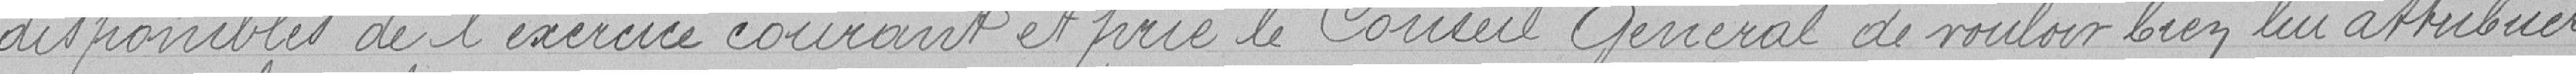
disponibles de l'exercice courant et prie le Conseil Général de vouloir bien lui attribuer